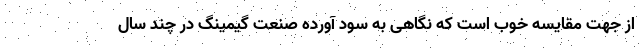
از جهت مقایسه خوب است که نگاهی به سود آورده صنعت گیمینگ در چند سال